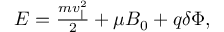
\begin{array} { r } { E = \frac { m v _ { \| } ^ { 2 } } { 2 } + \mu B _ { 0 } + q \delta \Phi , } \end{array}